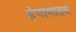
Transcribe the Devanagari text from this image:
हंगामातच